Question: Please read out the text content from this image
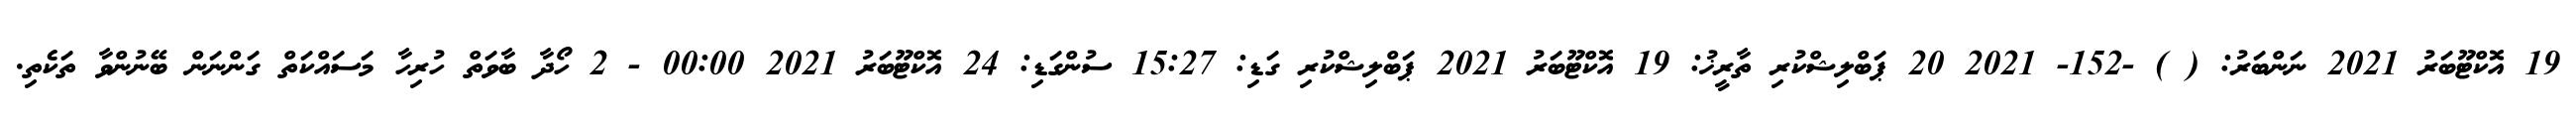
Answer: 19 އޮކްޓޫބަރު 2021 ނަންބަރު: ( ) -152- 2021 20 ޕަބްލިޝްކުރި ތާރީޚު: 19 އޮކްޓޫބަރު 2021 ޕަބްލިޝްކުރި ގަޑި: 15:27 ސުންގަޑި: 24 އޮކްޓޫބަރު 2021 00:00 - 2 ހޯދާ ބާވަތް ހުރިހާ މަސައްކަތް ގަންނަން ބޭނުންވާ ތަކެތި.